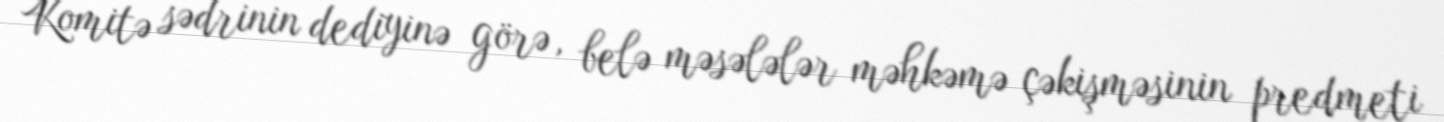
Komitə sədrinin dediyinə görə, belə məsələlər məhkəmə çəkişməsinin predmeti